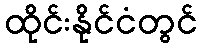
ထိုင်းနိုင်ငံတွင်